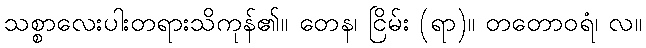
သစ္စာလေးပါးတရားသိကုန်၏။ တေန၊ ငြိမ်း (ရာ)။ တတောဝရံ၊ လ။